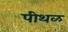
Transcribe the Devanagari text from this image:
पीथळ